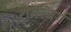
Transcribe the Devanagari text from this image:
रोमरबर्ग